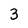
Character: 3